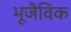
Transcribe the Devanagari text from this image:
भूजैविक